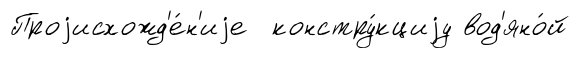
Проjисхожд'е́н'иjе констру́кциjу вод'яно́й